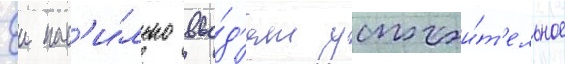
Еи нас'и́льно вво́д'ят успокои́т'ельное